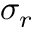
\sigma _ { r }